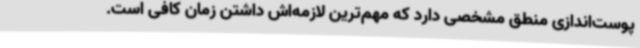
پوست‌اندازی منطق مشخصی دارد که مهم‌ترین لازمه‌اش داشتن زمان کافی است.